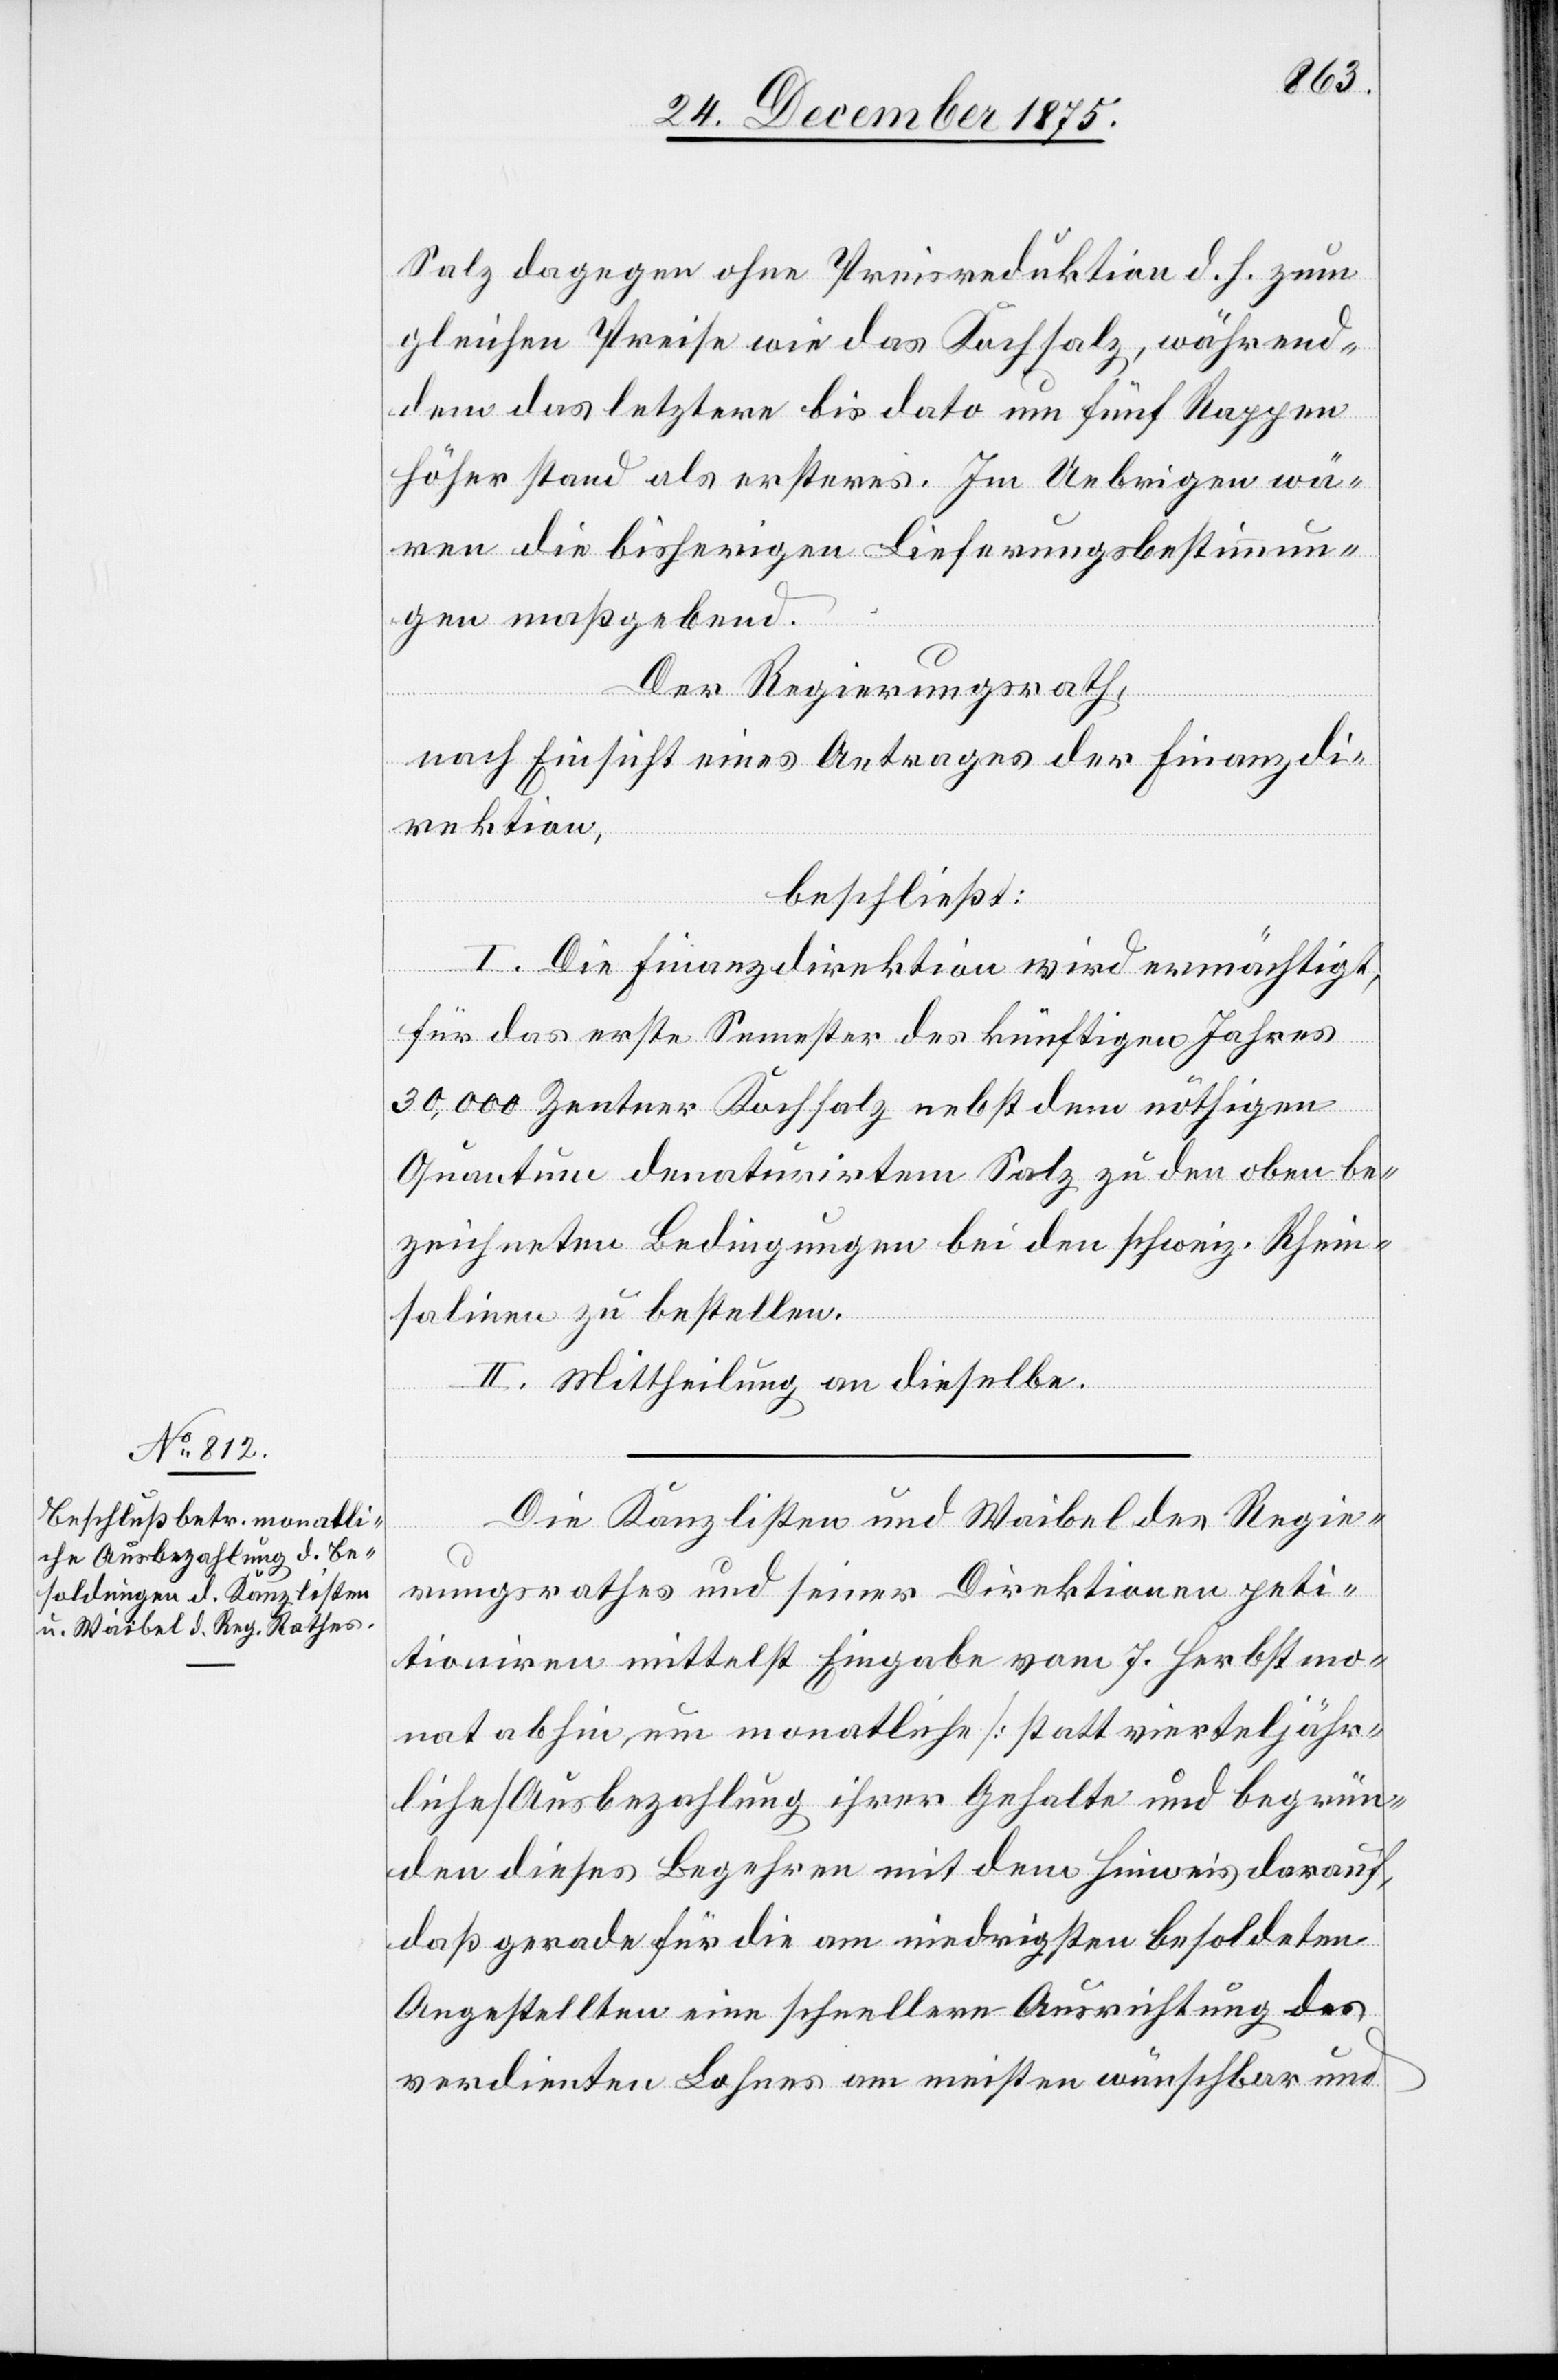
Salz dagegen ohne Preisreduktion d. h. zum
gleichen Preise wie das Kochsalz, während¬
dem das letztere bis dato um fünf Rappen
höher stand als ersteres. Im Uebrigen wä¬
ren die bisherigen Lieferungsbestimmun¬
gen maßgebend.
Der Regierungsrath,
nach Einsicht eines Antrages der Finanzdi¬
rektion,
beschließt:
I. Die Finanzdirektion wird ermächtigt,
für das erste Semester des künftigen Jahres
30,000 Zentner Kochsalz nebst dem nöthigen
Quantum denaturirten Salz zu den oben be¬
zeichneten Bedingungen bei den schweiz. Rhein¬
salinen zu bestellen.
II. Mittheilung an dieselbe.
Die Kanzlisten und Waibel des Regie¬
rungsrathes und seiner Direktionen peti¬
tioniren mittelst Eingabe vom 7. Herbstmo¬
nat abhin, um monatliche [statt vierteljähr¬
liche] Ausbezahlung ihrer Gehalte und begrün¬
det dieses Begehren mit dem Hinweis darauf,
daß gerade für die am niedrigsten besoldeten
Angestellten eine schnellere Ausrichtung des
verdienten Lohnes am meisten wünschbar und